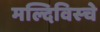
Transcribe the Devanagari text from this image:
मल्दिविस्चे